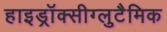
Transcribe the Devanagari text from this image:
हाइड्रॉक्सीग्लुटैमिक